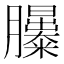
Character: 𦣃